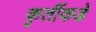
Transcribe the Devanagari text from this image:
कृतींकडे